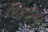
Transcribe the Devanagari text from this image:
७४२५